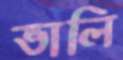
ভালি